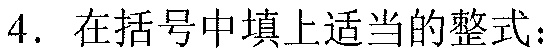
4. 在括号中填上适当的整式：